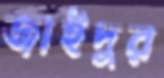
জাইদুর